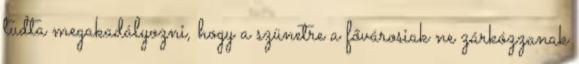
tudta megakadályozni, hogy a szünetre a fővárosiak ne zárkózzanak